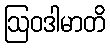
ဩဝဒါမာတိ